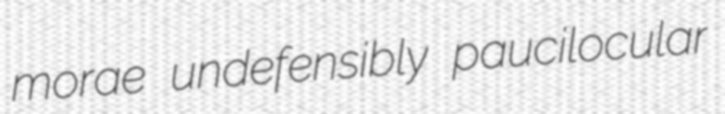
morae undefensibly paucilocular